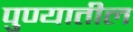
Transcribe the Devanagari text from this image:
पु्ण्यातील